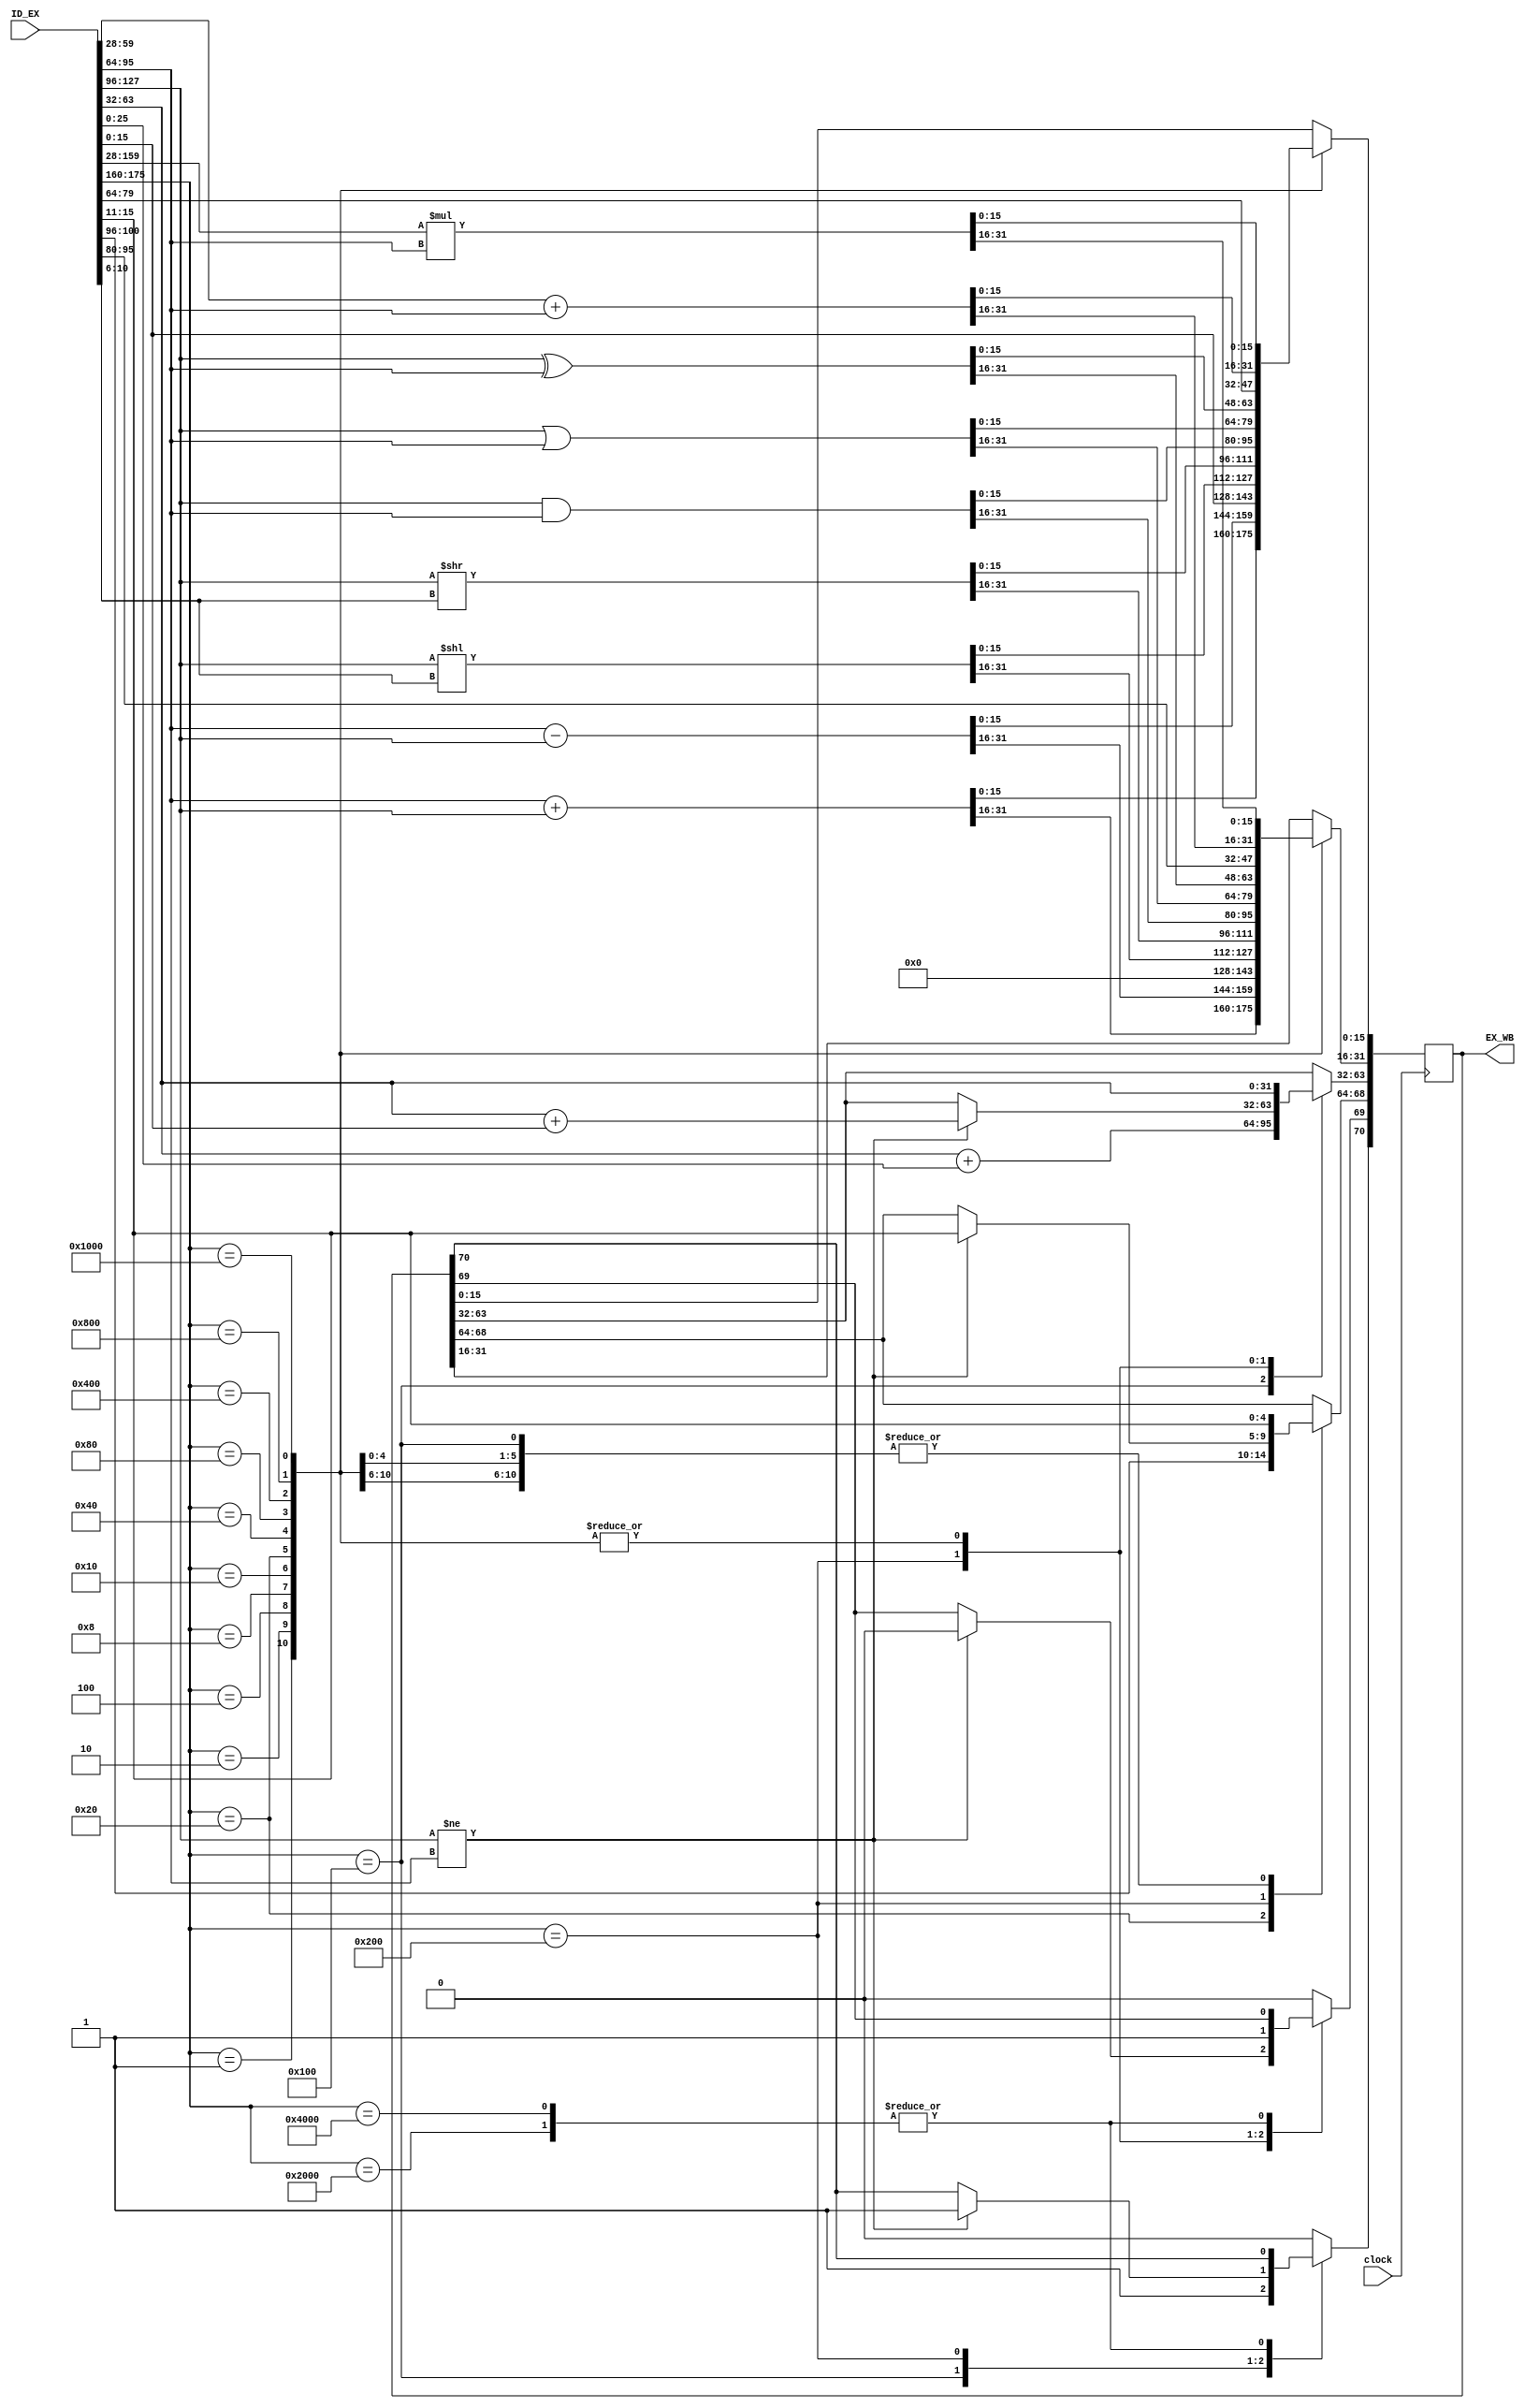
module execute(
	input clock,
	input [175:0] ID_EX,
	output reg [70:0] EX_WB  	
	);
integer i;

initial 
begin
EX_WB[70:69] = 2'b00;
end

always @ (posedge clock) begin
//EX_WB[70:69] = 2'b00;
case(ID_EX[175:160])
16'b0000000000000001:									// Add
	begin
		EX_WB[31:0] <= ID_EX[95:64] + ID_EX[127:96]; 	//95-64 is the source bits
		EX_WB[63:32] <= ID_EX[63:32];					// PC
		EX_WB[68:64] <= ID_EX[15:11];					// 5 address Destination bits go straight through
		EX_WB[69:69] <= 1'b1;
		EX_WB[70:70] <= 1'b0;
	end
16'b0000000000000010:							// Sub			   //127-96 is target bits
	begin
		EX_WB[31:0] <= ID_EX[95:64]  - ID_EX[127:96];
		EX_WB[63:32] <= ID_EX[63:32];					// PC
		EX_WB[68:64] <= ID_EX[15:11];					// 5 address Destination bits go straight through
		EX_WB[69:69] <= 1'b1;
		EX_WB[70:70] <= 1'b0;
	end
16'b0000000000000100: 									// Load Immediate
	begin	
		EX_WB[31:0] <= 16'b0;
		EX_WB[15:0] <= ID_EX[15:0];						// Load immediate first 16 bits into register
		EX_WB[63:32] <= ID_EX[63:32];					// PC
		EX_WB[68:64] <= ID_EX[15:11];					// 5 address Destination bits go straight through
		EX_WB[69:69] <= 1'b1;
		EX_WB[70:70] <= 1'b0;
	end 
16'b0000000000001000: 									// Shift Left
	begin
		EX_WB[31:0] <= ID_EX[127:96] << ID_EX[10:6];
		EX_WB[63:32] <= ID_EX[63:32];					// PC
		EX_WB[68:64] <= ID_EX[15:11];					// 5 address Destination bits go straight through
		EX_WB[69:69] <= 1'b1;
		EX_WB[70:70] <= 1'b0;
	end 
16'b0000000000010000:									// Shift Right
	begin
		EX_WB[31:0] <= ID_EX[127:96] >> ID_EX[10:6];
		EX_WB[63:32] <= ID_EX[63:32];					// PC
		EX_WB[68:64] <= ID_EX[15:11];					// 5 address Destination bits go straight through
		EX_WB[69:69] <= 1'b1;
		EX_WB[70:70] <= 1'b0;
	end
16'b0000000000100000: 									// AND
	begin
		EX_WB[31:0] <= ID_EX[127:96] & ID_EX[95:64];
		EX_WB[63:32] <= ID_EX[63:32];					// PC
		EX_WB[68:64] <= ID_EX[100:96];					// 5 address Destination bits go straight through
		EX_WB[69:69] <= 1'b1;
		EX_WB[70:70] <= 1'b0;
	end
16'b0000000001000000: 									// OR
	begin
		EX_WB[31:0] <= ID_EX[127:96] | ID_EX[95:64];
		EX_WB[63:32] <= ID_EX[63:32];					// PC
		EX_WB[68:64] <= ID_EX[15:11];					// 5 address Destination bits go straight through
		EX_WB[69:69] <= 1'b1;
		EX_WB[70:70] <= 1'b0;
	end 
16'b0000000010000000:									// XOR
	begin
		EX_WB[31:0] <= ID_EX[127:96] ^ ID_EX[95:64];
		EX_WB[63:32] <= ID_EX[63:32];					// PC
		EX_WB[68:64] <= ID_EX[15:11];					// 5 address Destination bits go straight through
		EX_WB[69:69] <= 1'b1;
		EX_WB[70:70] <= 1'b0;
	end
16'b0000000100000000: 									// BR "unconditional jump"
	begin	
		EX_WB[69:69] = 1'b0;
		EX_WB[70:70] = 1'b1;
		EX_WB[63:32] = ID_EX[63:32] + ID_EX[25:0];		// use bits [25:0] as the offset, we chose 3 
		EX_WB[68:64] <= ID_EX[15:11];					// 5 address Destination bits go straight through
	end	
16'b0000001000000000: 									// Branch if not equal to (J-type)
	begin
		if(ID_EX[127:96] != ID_EX[95:64]) 
			begin
				EX_WB[69:69] <= 1'b0;
				EX_WB[70:70] <= 1'b1;
				EX_WB[63:32] <= ID_EX[63:32] + ID_EX[15:0];   // add the sign extended immediate to the pc 
				EX_WB[68:64] <= ID_EX[15:11];					// 5 address Destination bits go straight through
				
			end
	end					
16'b0000010000000000: 									// MOV
	begin
		EX_WB[31:0] <=  ID_EX[95:64]; 					// write this back to the target bits in data_rf  
		EX_WB[63:32] <= ID_EX[63:32];					// PC
		EX_WB[68:64] <= ID_EX[15:11];					// 5 address Destination bits go straight through
		EX_WB[69:69] <= 1'b1;
		EX_WB[70:70] <= 1'b0;	
	end
16'b0000100000000000: 									// ADI
	begin
		EX_WB[31:0] <= ID_EX[159:28] + ID_EX[95:64];  	// add the 32 bit immediate sign extended with the source and place in target.
		EX_WB[63:32] <= ID_EX[63:32];					// PC
		EX_WB[68:64] <= ID_EX[15:11];					// 5 address Destination bits go straight through
		EX_WB[69:69]  <= 1'b1;
		EX_WB[70:70] <= 1'b0;
	end
16'b0001000000000000: 									// MUL
	begin
		EX_WB[31:0] <= ID_EX[159:28] * ID_EX[95:64];		// place the product of the 
		EX_WB[63:32] <= ID_EX[63:32];					// PC goes the write back reg
		EX_WB[68:64] <= ID_EX[15:11];					// 5 address Destination bits go thru to wb reg
		EX_WB[69:69] <= 1'b1;
		EX_WB[70:70] <= 1'b0;
	end
16'b0010000000000000: 									// HLT
	begin
														//  create a write and read enable for IF and de-assert
	end  
16'b0100000000000000: 									// NOP
	begin
	end

default: begin
		EX_WB[69:69] = 1'b0;
		EX_WB[70:70] = 1'b0;
		end
endcase

end
endmodule